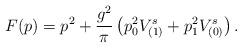
LaTeX: \begin{align*}F(p)=p^2+\frac{g^2}{\pi}\left(p_0^2 V^s_{(1)}+p_1^2 V^s_{(0)}\right).\end{align*}